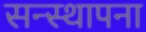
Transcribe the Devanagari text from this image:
सन्स्थापना